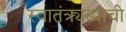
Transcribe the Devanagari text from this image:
स्वातंत्र्यढ्याची